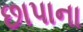
છાપાના